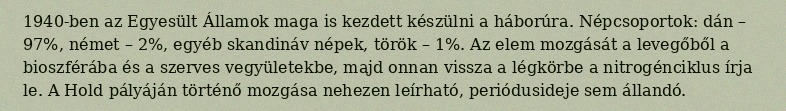
1940-ben az Egyesült Államok maga is kezdett készülni a háborúra. Népcsoportok: dán – 97%, német – 2%, egyéb skandináv népek, török – 1%. Az elem mozgását a levegőből a bioszférába és a szerves vegyületekbe, majd onnan vissza a légkörbe a nitrogénciklus írja le. A Hold pályáján történő mozgása nehezen leírható, periódusideje sem állandó.